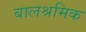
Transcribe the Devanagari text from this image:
बालश्रमिक